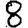
Digit: 8